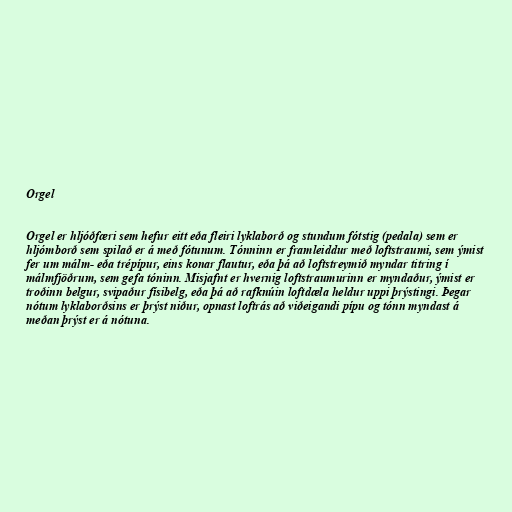
Orgel

Orgel er hljóðfæri sem hefur eitt eða fleiri lyklaborð og stundum fótstig (pedala) sem er
hljómborð sem spilað er á með fótunum. Tónninn er framleiddur með loftstraumi, sem ýmist
fer um málm- eða trépípur, eins konar flautur, eða þá að loftstreymið myndar titring í
málmfjöðrum, sem gefa tóninn. Misjafnt er hvernig loftstraumurinn er myndaður, ýmist er
troðinn belgur, svipaður físibelg, eða þá að rafknúin loftdæla heldur uppi þrýstingi. Þegar
nótum lyklaborðsins er þrýst niður, opnast loftrás að viðeigandi pípu og tónn myndast á
meðan þrýst er á nótuna.